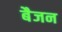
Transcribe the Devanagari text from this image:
बैजन